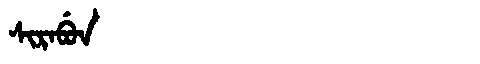
Manchu: ᠰᡳᡵᠠᠪᡠᠨ
Romanization: SIRABUN